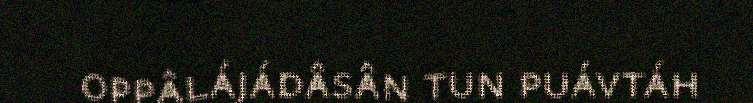
oppâlájádâsân tun puávtáh